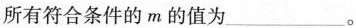
所有符合条件的m的值为___。